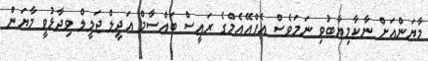
މާޔަންއަށް ނާކާމިޔާބުވި ނަމަވެސް އެފްއޭއެމްގެ ރައީސް ބައްސާމް އަދީލް ޖަލީލް ވިދާޅުވީ މާޔަން